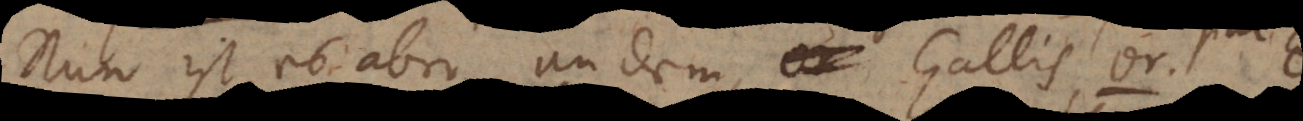
Nun ist es aber an dem, Gallis, or.